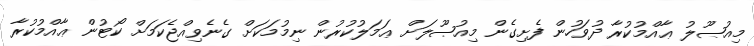
މިއުޞޫލު ޢާއްމުކުރާ ދުވަހުން ފެށިގެން މިއުޞޫލަށް ޢަމަލުކުރުން ނިމުމަކަށް ގެނެވިއްޖެކަމަށް ކޯޓުން ޢާއްމުކުރާ